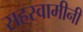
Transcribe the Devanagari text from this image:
सहस्वामीनी